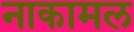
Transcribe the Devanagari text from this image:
नाकामल